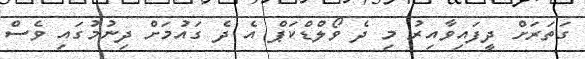
ގަތަރަށް ދީފައިވާއިރު މި ދެ ވޯލްޑްކަޕް އެ ދެ ގައުމަށް ދިނުމުގައި ވެސް